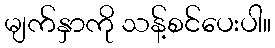
မျက်နှာကို သန့်စင်ပေးပါ။